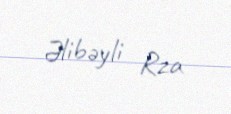
Əlibəyli Rza